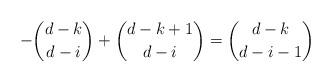
LaTeX: \begin{align*}- \binom{d-k}{d-i} + \binom{d-k+1}{d-i} = \binom{d-k}{d-i-1} \end{align*}